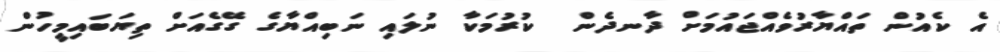
އެެ ކެއުން ތައްޔާރުވެއްޖައުމަށް ދާނދެން  ކުރުމަކާ ނުލައި ނަބިއްޔާގެ ގޭގެއަށް ތިޔަބައިމީހުން